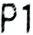
P1